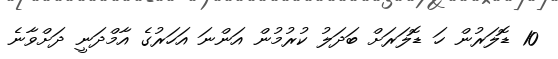
10 ޑޮލަރުން ހަ ޑޮލަރަށް ބަދަލު ކުރުމުން އަންނަ އަހަރުގެ އާމްދަނީ ދަށްވާނެ